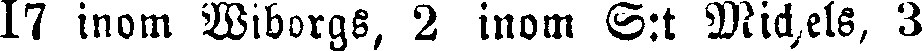
17 inom Wiborgs, 2 inom S:t Michels, 3